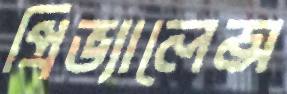
প্রিভ্যালেন্স